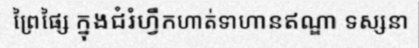
ព្រៃផ្សៃ ក្នុងជំរំហ្វឹកហាត់ទាហានឥណ្ឌា ទស្សនា